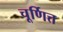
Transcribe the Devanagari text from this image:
चूर्णित्त